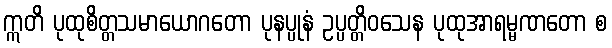
ဣတိ ပုထုစိတ္တသမာယောဂတော ပုနပ္ပုနံ ဥပ္ပတ္တိဝသေန ပုထုအာရမ္မဏတော စ